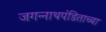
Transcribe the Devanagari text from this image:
जगन्‍नाथपंडिताच्या